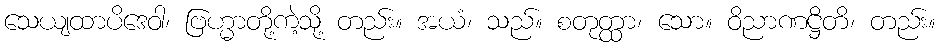
သေယျထာပိဒေဝါ၊ ဗြဟ္မာတို့ကဲ့သို့ တည်း။ အယံ၊ သည်။ စတုတ္ထာ၊ သော။ ဝိညာဏဋ္ဌိတိ၊ တည်း။